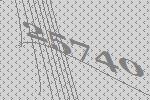
25740